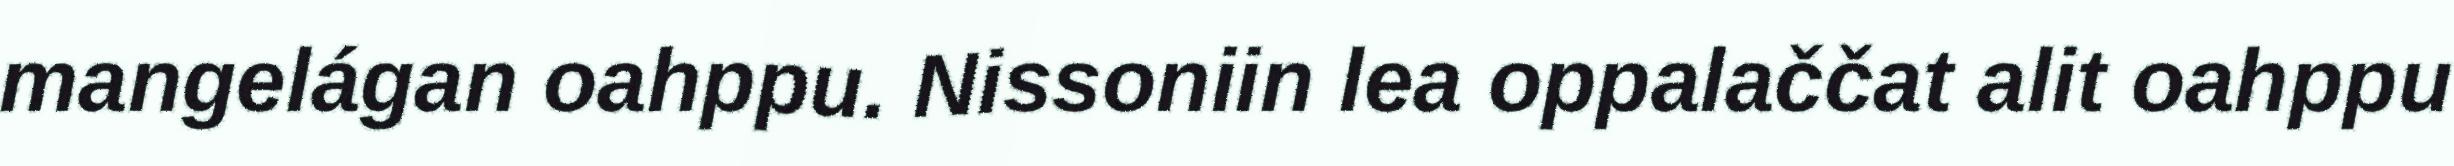
mangelágan oahppu. Nissoniin lea oppalaččat alit oahppu